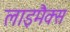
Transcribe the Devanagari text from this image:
लाइमैक्स